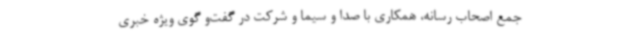
جمع اصحاب رسانه، همکاری با صدا و سیما و شرکت در گفت‌و گوی ویژه خبری